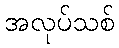
အလုပ်သစ်